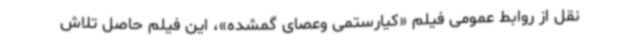
نقل از روابط عمومی فیلم «کیارستمی وعصای گمشده»، این فیلم حاصل تلاش